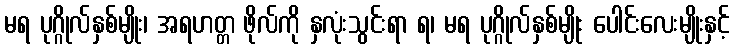
မရ ပုဂ္ဂိုလ်နှစ်မျိုး၊ အရဟတ္တ ဖိုလ်ကို နှလုံးသွင်းရာ ရ၊ မရ ပုဂ္ဂိုလ်နှစ်မျိုး ပေါင်းလေးမျိုးနှင့်